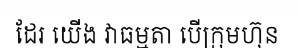
ដែរ យើង វាធម្មតា បើក្រុមហ៊ុន